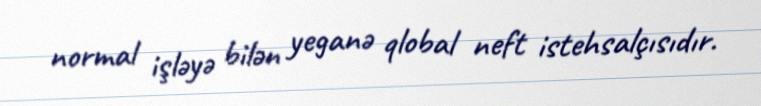
normal işləyə bilən yeganə qlobal neft istehsalçısıdır.